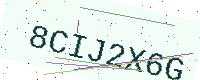
Text: 8CIJ2X6G